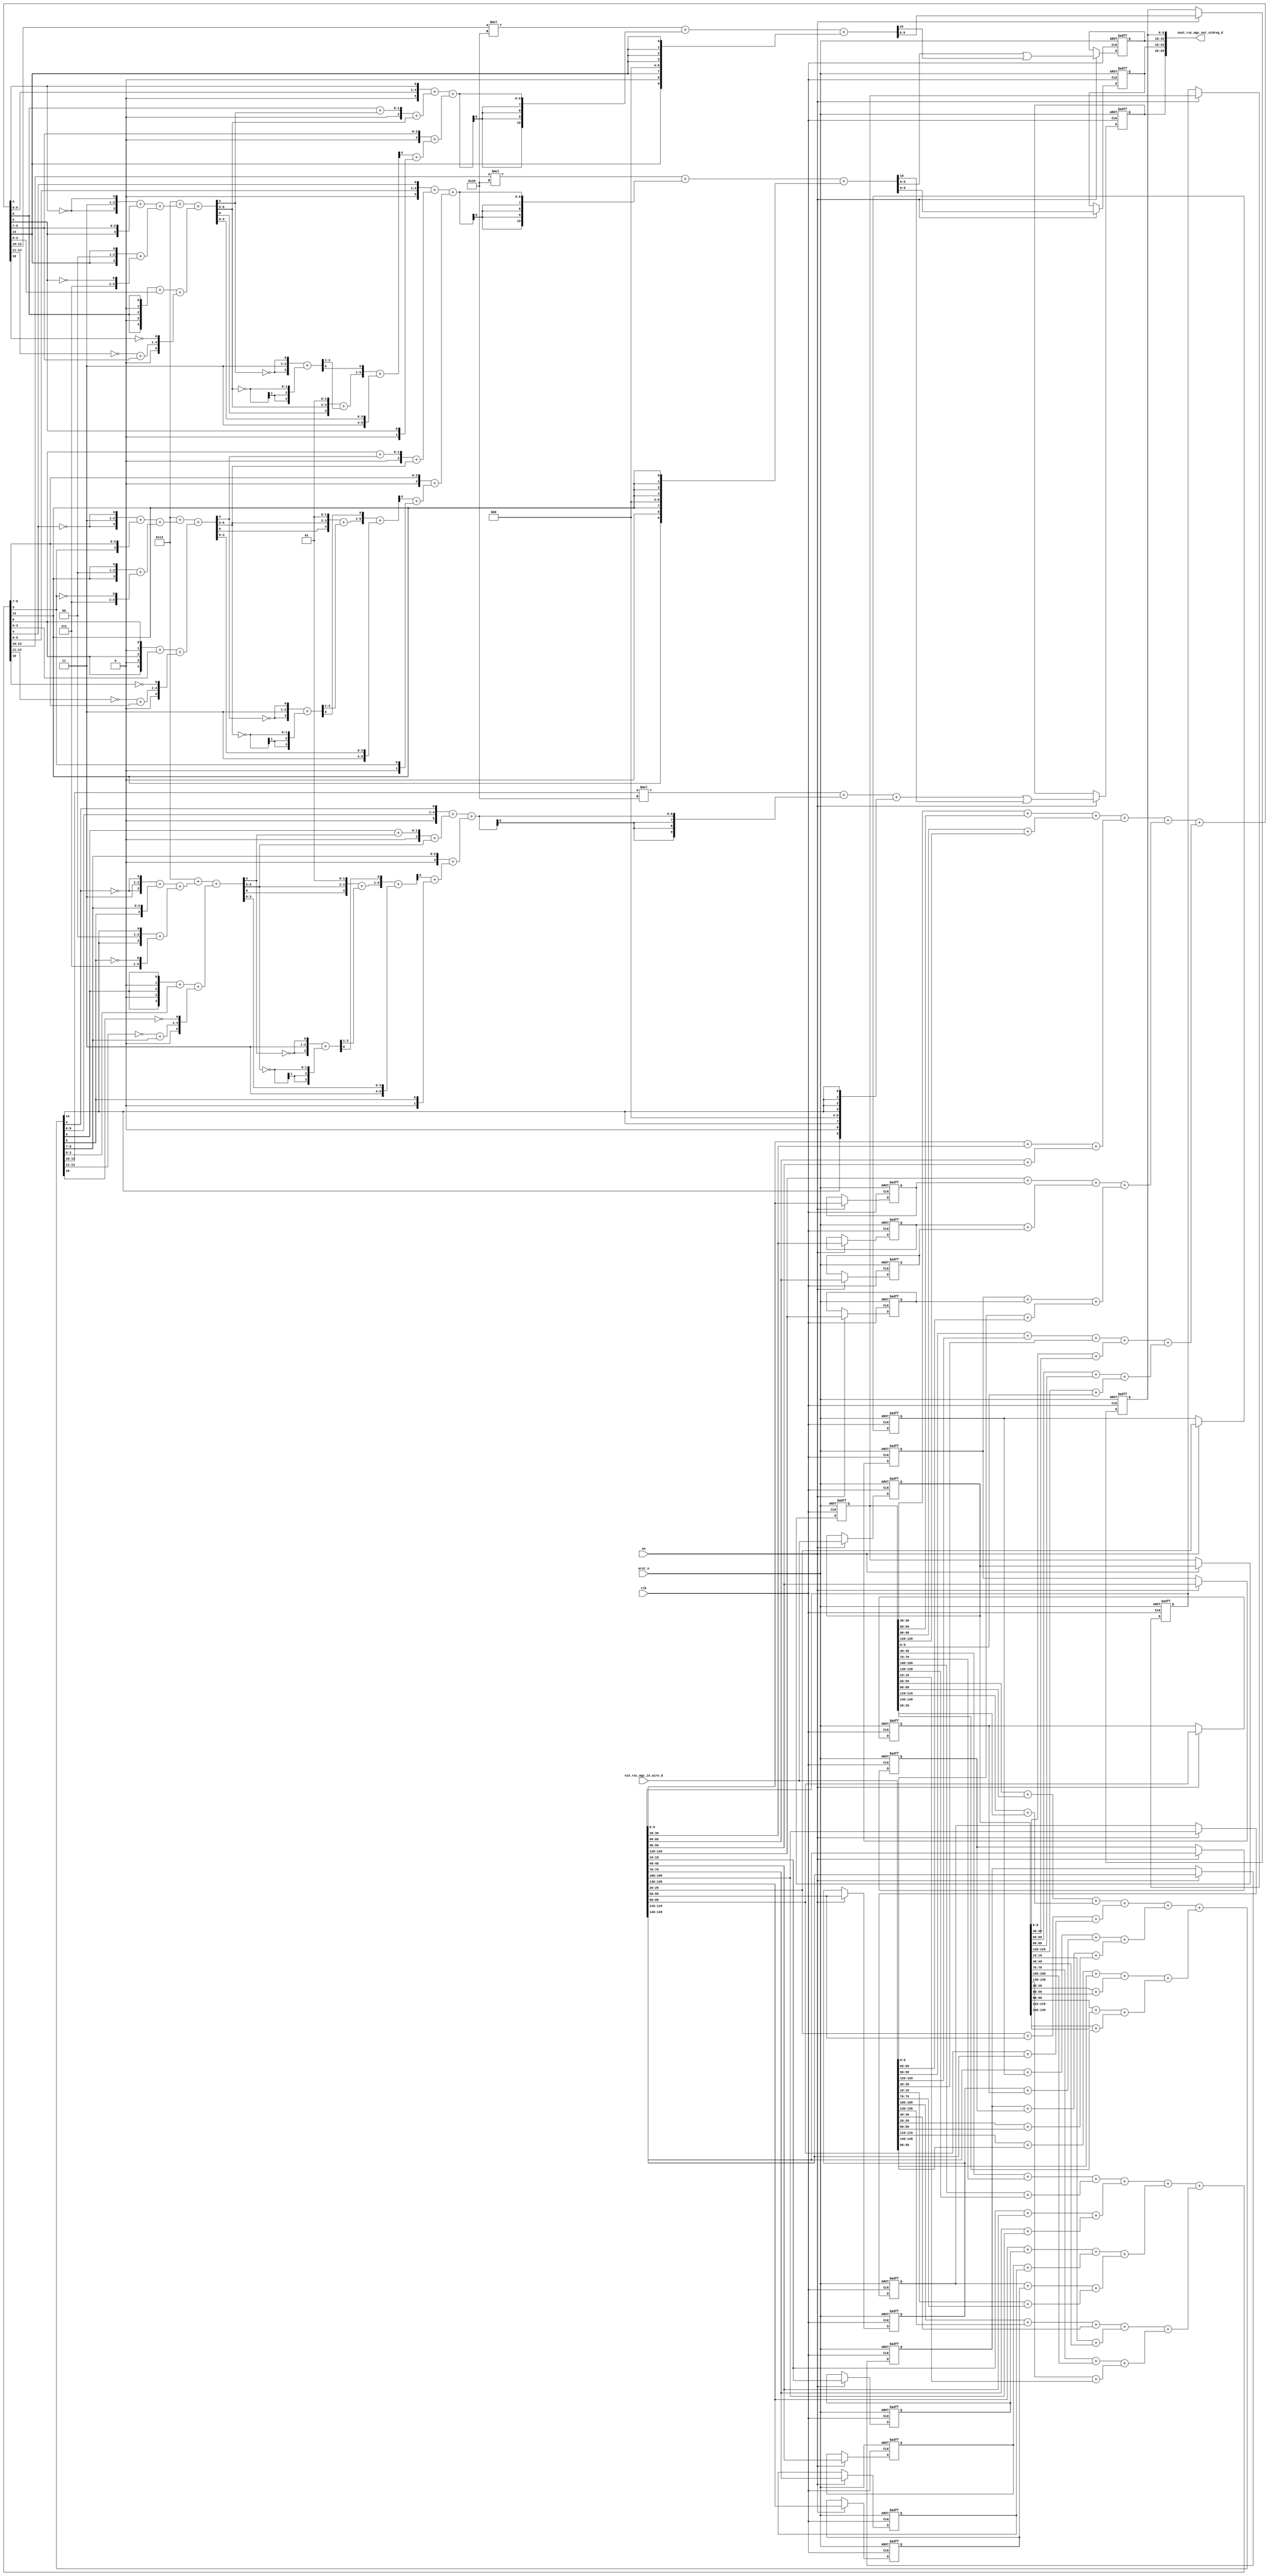
module mean_vga_core (
  clk, en, arst_n, vin_rsc_mgc_in_wire_d, vout_rsc_mgc_out_stdreg_d
);
  input clk;
  input en;
  input arst_n;
  input [149:0] vin_rsc_mgc_in_wire_d;
  output [29:0] vout_rsc_mgc_out_stdreg_d;


  // Interconnect Declarations
  reg [9:0] regs_regs_slc_regs_regs_4_itm;
  reg [9:0] regs_regs_slc_regs_regs_4_1_itm;
  reg [9:0] regs_regs_slc_regs_regs_4_2_itm;
  reg [9:0] regs_regs_slc_regs_regs_4_3_itm;
  reg [9:0] regs_regs_slc_regs_regs_4_4_itm;
  reg [9:0] regs_regs_slc_regs_regs_4_5_itm;
  reg [9:0] regs_regs_slc_regs_regs_4_6_itm;
  reg [9:0] regs_regs_slc_regs_regs_4_7_itm;
  reg [9:0] regs_regs_slc_regs_regs_4_8_itm;
  reg [9:0] regs_regs_slc_regs_regs_4_9_itm;
  reg [9:0] regs_regs_slc_regs_regs_4_10_itm;
  reg [9:0] regs_regs_slc_regs_regs_4_11_itm;
  reg [9:0] regs_regs_slc_regs_regs_4_12_itm;
  reg [9:0] regs_regs_slc_regs_regs_4_13_itm;
  reg [9:0] regs_regs_slc_regs_regs_4_14_itm;
  reg [149:0] reg_regs_regs_3_sva_1_cse;
  reg [149:0] reg_regs_regs_0_sva_cse;
  reg [149:0] reg_regs_regs_2_sva_1_cse;
  reg [9:0] reg_vout_rsc_mgc_out_stdreg_d_tmp;
  wire [11:0] nl_reg_vout_rsc_mgc_out_stdreg_d_tmp;
  reg [3:0] reg_vout_rsc_mgc_out_stdreg_d_tmp_1;
  reg [5:0] reg_vout_rsc_mgc_out_stdreg_d_tmp_2;
  reg [9:0] reg_vout_rsc_mgc_out_stdreg_d_tmp_3;
  wire [14:0] ACC2_5_acc_1_psp_sva;
  wire [15:0] nl_ACC2_5_acc_1_psp_sva;
  wire [6:0] acc_imod_sva;
  wire [8:0] nl_acc_imod_sva;
  wire [3:0] FRAME_acc_53_sdt;
  wire [4:0] nl_FRAME_acc_53_sdt;
  wire [10:0] FRAME_acc_3_psp_1_sva;
  wire [12:0] nl_FRAME_acc_3_psp_1_sva;
  wire [10:0] FRAME_acc_4_psp_1_sva;
  wire [12:0] nl_FRAME_acc_4_psp_1_sva;
  wire [14:0] ACC2_5_acc_3_psp_sva;
  wire [15:0] nl_ACC2_5_acc_3_psp_sva;
  wire [6:0] acc_imod_4_sva;
  wire [8:0] nl_acc_imod_4_sva;
  wire [3:0] FRAME_acc_44_sdt;
  wire [4:0] nl_FRAME_acc_44_sdt;
  wire [14:0] ACC2_5_acc_2_psp_sva;
  wire [15:0] nl_ACC2_5_acc_2_psp_sva;
  wire [6:0] acc_imod_2_sva;
  wire [8:0] nl_acc_imod_2_sva;
  wire [3:0] FRAME_acc_28_sdt;
  wire [4:0] nl_FRAME_acc_28_sdt;


  // Interconnect Declarations for Component Instantiations 
  assign vout_rsc_mgc_out_stdreg_d = {reg_vout_rsc_mgc_out_stdreg_d_tmp , reg_vout_rsc_mgc_out_stdreg_d_tmp_1
      , reg_vout_rsc_mgc_out_stdreg_d_tmp_2 , reg_vout_rsc_mgc_out_stdreg_d_tmp_3};
  assign nl_ACC2_5_acc_1_psp_sva = conv_u2u_14_15(conv_u2u_13_14(conv_u2u_12_13(conv_u2u_11_12(conv_u2u_10_11(reg_regs_regs_2_sva_1_cse[59:50])
      + conv_u2u_10_11(reg_regs_regs_2_sva_1_cse[89:80])) + conv_u2u_11_12(conv_u2u_10_11(reg_regs_regs_2_sva_1_cse[119:110])
      + conv_u2u_10_11(reg_regs_regs_2_sva_1_cse[149:140]))) + conv_u2u_12_13(conv_u2u_11_12(conv_u2u_10_11(reg_regs_regs_3_sva_1_cse[29:20])
      + conv_u2u_10_11(reg_regs_regs_3_sva_1_cse[59:50])) + conv_u2u_11_12(conv_u2u_10_11(reg_regs_regs_3_sva_1_cse[89:80])
      + conv_u2u_10_11(reg_regs_regs_3_sva_1_cse[119:110])))) + conv_u2u_13_14(conv_u2u_12_13(conv_u2u_11_12(conv_u2u_10_11(reg_regs_regs_3_sva_1_cse[149:140])
      + conv_u2u_10_11(regs_regs_slc_regs_regs_4_itm)) + conv_u2u_11_12(conv_u2u_10_11(regs_regs_slc_regs_regs_4_1_itm)
      + conv_u2u_10_11(regs_regs_slc_regs_regs_4_2_itm))) + conv_u2u_12_13(conv_u2u_11_12(conv_u2u_10_11(regs_regs_slc_regs_regs_4_3_itm)
      + conv_u2u_10_11(regs_regs_slc_regs_regs_4_4_itm)) + conv_u2u_11_12(conv_u2u_10_11(vin_rsc_mgc_in_wire_d[29:20])
      + conv_u2u_10_11(vin_rsc_mgc_in_wire_d[89:80]))))) + conv_u2u_14_15(conv_u2u_13_14(conv_u2u_12_13(conv_u2u_11_12(conv_u2u_10_11(vin_rsc_mgc_in_wire_d[119:110])
      + conv_u2u_10_11(vin_rsc_mgc_in_wire_d[149:140])) + conv_u2u_10_12(vin_rsc_mgc_in_wire_d[59:50]))
      + conv_u2u_11_13(conv_u2u_10_11(reg_regs_regs_0_sva_cse[29:20]) + conv_u2u_10_11(reg_regs_regs_0_sva_cse[59:50])))
      + conv_u2u_12_14(conv_u2u_11_12(conv_u2u_10_11(reg_regs_regs_0_sva_cse[89:80])
      + conv_u2u_10_11(reg_regs_regs_0_sva_cse[119:110])) + conv_u2u_11_12(conv_u2u_10_11(reg_regs_regs_0_sva_cse[149:140])
      + conv_u2u_10_11(reg_regs_regs_2_sva_1_cse[29:20]))));
  assign ACC2_5_acc_1_psp_sva = nl_ACC2_5_acc_1_psp_sva[14:0];
  assign nl_acc_imod_sva = conv_s2s_6_7(6'b10011 + (conv_u2u_5_6(conv_u2u_4_5({(~
      (ACC2_5_acc_1_psp_sva[4])) , 2'b11 , (~ (ACC2_5_acc_1_psp_sva[4]))}) + conv_u2u_4_5({(ACC2_5_acc_1_psp_sva[5])
      , (ACC2_5_acc_1_psp_sva[9:7])})) + conv_u2u_5_6(conv_u2u_4_5({(ACC2_5_acc_1_psp_sva[14])
      , 2'b0 , (ACC2_5_acc_1_psp_sva[14])}) + conv_u2u_4_5({3'b111 , (~ (ACC2_5_acc_1_psp_sva[5]))}))))
      + (conv_s2s_5_7(({(ACC2_5_acc_1_psp_sva[6]) , 1'b0 , (ACC2_5_acc_1_psp_sva[6])
      , 1'b0 , (ACC2_5_acc_1_psp_sva[6])}) + conv_u2s_4_5(ACC2_5_acc_1_psp_sva[3:0]))
      + conv_u2s_5_7({(conv_u2u_3_4(~ (ACC2_5_acc_1_psp_sva[13:11])) + conv_u2u_3_4(ACC2_5_acc_1_psp_sva[9:7]))
      , (~ (ACC2_5_acc_1_psp_sva[10]))}));
  assign acc_imod_sva = nl_acc_imod_sva[6:0];
  assign nl_FRAME_acc_53_sdt = ({(~ (acc_imod_sva[4])) , 2'b11 , (~ (acc_imod_sva[4]))})
      + conv_s2u_2_4(~ (acc_imod_sva[6:5]));
  assign FRAME_acc_53_sdt = nl_FRAME_acc_53_sdt[3:0];
  assign nl_FRAME_acc_3_psp_1_sva = (conv_u2s_10_12(conv_u2s_20_11(conv_u2u_4_10(ACC2_5_acc_2_psp_sva[13:10])
      * 10'b101001)) + conv_s2s_7_11((conv_u2s_5_7({(ACC2_5_acc_2_psp_sva[9:6]) ,
      (ACC2_5_acc_2_psp_sva[4])}) + conv_s2s_3_7(conv_u2s_2_3(conv_u2u_1_2(ACC2_5_acc_2_psp_sva[6])
      + conv_u2u_1_2(acc_imod_2_sva[4])) + conv_s2s_2_3(acc_imod_2_sva[6:5]))) +
      conv_s2s_5_7(conv_u2s_3_5(ACC2_5_acc_2_psp_sva[9:7]) + conv_s2s_2_5(conv_s2s_1_2(readslicef_6_1_5((({(conv_s2u_4_5({(acc_imod_2_sva[6:5])
      , 2'b1}) + conv_u2u_3_5(FRAME_acc_28_sdt[3:1])) , (FRAME_acc_28_sdt[0])}) +
      conv_s2s_5_6({1'b1 , (acc_imod_2_sva[3:0])})))) + conv_u2s_1_2(ACC2_5_acc_2_psp_sva[5])))))
      + conv_u2u_10_11({(ACC2_5_acc_2_psp_sva[14]) , 1'b0 , (ACC2_5_acc_2_psp_sva[14])
      , 3'b0 , (signext_4_1(ACC2_5_acc_2_psp_sva[14]))});
  assign FRAME_acc_3_psp_1_sva = nl_FRAME_acc_3_psp_1_sva[10:0];
  assign nl_FRAME_acc_4_psp_1_sva = (conv_u2s_10_12(conv_u2s_20_11(conv_u2u_4_10(ACC2_5_acc_3_psp_sva[13:10])
      * 10'b101001)) + conv_s2s_7_11((conv_u2s_5_7({(ACC2_5_acc_3_psp_sva[9:6]) ,
      (ACC2_5_acc_3_psp_sva[4])}) + conv_s2s_3_7(conv_u2s_2_3(conv_u2u_1_2(ACC2_5_acc_3_psp_sva[6])
      + conv_u2u_1_2(acc_imod_4_sva[4])) + conv_s2s_2_3(acc_imod_4_sva[6:5]))) +
      conv_s2s_5_7(conv_u2s_3_5(ACC2_5_acc_3_psp_sva[9:7]) + conv_s2s_2_5(conv_s2s_1_2(readslicef_6_1_5((({(conv_s2u_4_5({(acc_imod_4_sva[6:5])
      , 2'b1}) + conv_u2u_3_5(FRAME_acc_44_sdt[3:1])) , (FRAME_acc_44_sdt[0])}) +
      conv_s2s_5_6({1'b1 , (acc_imod_4_sva[3:0])})))) + conv_u2s_1_2(ACC2_5_acc_3_psp_sva[5])))))
      + conv_u2u_10_11({(ACC2_5_acc_3_psp_sva[14]) , 1'b0 , (ACC2_5_acc_3_psp_sva[14])
      , 3'b0 , (signext_4_1(ACC2_5_acc_3_psp_sva[14]))});
  assign FRAME_acc_4_psp_1_sva = nl_FRAME_acc_4_psp_1_sva[10:0];
  assign nl_ACC2_5_acc_3_psp_sva = conv_u2u_14_15(conv_u2u_13_14(conv_u2u_12_13(conv_u2u_11_12(conv_u2u_10_11(reg_regs_regs_2_sva_1_cse[39:30])
      + conv_u2u_10_11(reg_regs_regs_2_sva_1_cse[69:60])) + conv_u2u_11_12(conv_u2u_10_11(reg_regs_regs_2_sva_1_cse[99:90])
      + conv_u2u_10_11(reg_regs_regs_2_sva_1_cse[129:120]))) + conv_u2u_12_13(conv_u2u_11_12(conv_u2u_10_11(reg_regs_regs_3_sva_1_cse[9:0])
      + conv_u2u_10_11(reg_regs_regs_3_sva_1_cse[39:30])) + conv_u2u_11_12(conv_u2u_10_11(reg_regs_regs_3_sva_1_cse[69:60])
      + conv_u2u_10_11(reg_regs_regs_3_sva_1_cse[99:90])))) + conv_u2u_13_14(conv_u2u_12_13(conv_u2u_11_12(conv_u2u_10_11(reg_regs_regs_3_sva_1_cse[129:120])
      + conv_u2u_10_11(regs_regs_slc_regs_regs_4_10_itm)) + conv_u2u_11_12(conv_u2u_10_11(regs_regs_slc_regs_regs_4_11_itm)
      + conv_u2u_10_11(regs_regs_slc_regs_regs_4_12_itm))) + conv_u2u_12_13(conv_u2u_11_12(conv_u2u_10_11(regs_regs_slc_regs_regs_4_13_itm)
      + conv_u2u_10_11(regs_regs_slc_regs_regs_4_14_itm)) + conv_u2u_11_12(conv_u2u_10_11(vin_rsc_mgc_in_wire_d[9:0])
      + conv_u2u_10_11(vin_rsc_mgc_in_wire_d[69:60]))))) + conv_u2u_14_15(conv_u2u_13_14(conv_u2u_12_13(conv_u2u_11_12(conv_u2u_10_11(vin_rsc_mgc_in_wire_d[99:90])
      + conv_u2u_10_11(vin_rsc_mgc_in_wire_d[129:120])) + conv_u2u_10_12(vin_rsc_mgc_in_wire_d[39:30]))
      + conv_u2u_11_13(conv_u2u_10_11(reg_regs_regs_0_sva_cse[9:0]) + conv_u2u_10_11(reg_regs_regs_0_sva_cse[39:30])))
      + conv_u2u_12_14(conv_u2u_11_12(conv_u2u_10_11(reg_regs_regs_0_sva_cse[69:60])
      + conv_u2u_10_11(reg_regs_regs_0_sva_cse[99:90])) + conv_u2u_11_12(conv_u2u_10_11(reg_regs_regs_0_sva_cse[129:120])
      + conv_u2u_10_11(reg_regs_regs_2_sva_1_cse[9:0]))));
  assign ACC2_5_acc_3_psp_sva = nl_ACC2_5_acc_3_psp_sva[14:0];
  assign nl_acc_imod_4_sva = conv_s2s_6_7(6'b10011 + (conv_u2u_5_6(conv_u2u_4_5({(~
      (ACC2_5_acc_3_psp_sva[4])) , 2'b11 , (~ (ACC2_5_acc_3_psp_sva[4]))}) + conv_u2u_4_5({(ACC2_5_acc_3_psp_sva[5])
      , (ACC2_5_acc_3_psp_sva[9:7])})) + conv_u2u_5_6(conv_u2u_4_5({(ACC2_5_acc_3_psp_sva[14])
      , 2'b0 , (ACC2_5_acc_3_psp_sva[14])}) + conv_u2u_4_5({3'b111 , (~ (ACC2_5_acc_3_psp_sva[5]))}))))
      + (conv_s2s_5_7(({(ACC2_5_acc_3_psp_sva[6]) , 1'b0 , (ACC2_5_acc_3_psp_sva[6])
      , 1'b0 , (ACC2_5_acc_3_psp_sva[6])}) + conv_u2s_4_5(ACC2_5_acc_3_psp_sva[3:0]))
      + conv_u2s_5_7({(conv_u2u_3_4(~ (ACC2_5_acc_3_psp_sva[13:11])) + conv_u2u_3_4(ACC2_5_acc_3_psp_sva[9:7]))
      , (~ (ACC2_5_acc_3_psp_sva[10]))}));
  assign acc_imod_4_sva = nl_acc_imod_4_sva[6:0];
  assign nl_FRAME_acc_44_sdt = ({(~ (acc_imod_4_sva[4])) , 2'b11 , (~ (acc_imod_4_sva[4]))})
      + conv_s2u_2_4(~ (acc_imod_4_sva[6:5]));
  assign FRAME_acc_44_sdt = nl_FRAME_acc_44_sdt[3:0];
  assign nl_ACC2_5_acc_2_psp_sva = conv_u2u_14_15(conv_u2u_13_14(conv_u2u_12_13(conv_u2u_11_12(conv_u2u_10_11(reg_regs_regs_2_sva_1_cse[49:40])
      + conv_u2u_10_11(reg_regs_regs_2_sva_1_cse[79:70])) + conv_u2u_11_12(conv_u2u_10_11(reg_regs_regs_2_sva_1_cse[109:100])
      + conv_u2u_10_11(reg_regs_regs_2_sva_1_cse[139:130]))) + conv_u2u_12_13(conv_u2u_11_12(conv_u2u_10_11(reg_regs_regs_3_sva_1_cse[19:10])
      + conv_u2u_10_11(reg_regs_regs_3_sva_1_cse[49:40])) + conv_u2u_11_12(conv_u2u_10_11(reg_regs_regs_3_sva_1_cse[79:70])
      + conv_u2u_10_11(reg_regs_regs_3_sva_1_cse[109:100])))) + conv_u2u_13_14(conv_u2u_12_13(conv_u2u_11_12(conv_u2u_10_11(reg_regs_regs_3_sva_1_cse[139:130])
      + conv_u2u_10_11(regs_regs_slc_regs_regs_4_5_itm)) + conv_u2u_11_12(conv_u2u_10_11(regs_regs_slc_regs_regs_4_6_itm)
      + conv_u2u_10_11(regs_regs_slc_regs_regs_4_7_itm))) + conv_u2u_12_13(conv_u2u_11_12(conv_u2u_10_11(regs_regs_slc_regs_regs_4_8_itm)
      + conv_u2u_10_11(regs_regs_slc_regs_regs_4_9_itm)) + conv_u2u_11_12(conv_u2u_10_11(vin_rsc_mgc_in_wire_d[19:10])
      + conv_u2u_10_11(vin_rsc_mgc_in_wire_d[79:70]))))) + conv_u2u_14_15(conv_u2u_13_14(conv_u2u_12_13(conv_u2u_11_12(conv_u2u_10_11(vin_rsc_mgc_in_wire_d[109:100])
      + conv_u2u_10_11(vin_rsc_mgc_in_wire_d[139:130])) + conv_u2u_10_12(vin_rsc_mgc_in_wire_d[49:40]))
      + conv_u2u_11_13(conv_u2u_10_11(reg_regs_regs_0_sva_cse[19:10]) + conv_u2u_10_11(reg_regs_regs_0_sva_cse[49:40])))
      + conv_u2u_12_14(conv_u2u_11_12(conv_u2u_10_11(reg_regs_regs_0_sva_cse[79:70])
      + conv_u2u_10_11(reg_regs_regs_0_sva_cse[109:100])) + conv_u2u_11_12(conv_u2u_10_11(reg_regs_regs_0_sva_cse[139:130])
      + conv_u2u_10_11(reg_regs_regs_2_sva_1_cse[19:10]))));
  assign ACC2_5_acc_2_psp_sva = nl_ACC2_5_acc_2_psp_sva[14:0];
  assign nl_acc_imod_2_sva = conv_s2s_6_7(6'b10011 + (conv_u2u_5_6(conv_u2u_4_5({(~
      (ACC2_5_acc_2_psp_sva[4])) , 2'b11 , (~ (ACC2_5_acc_2_psp_sva[4]))}) + conv_u2u_4_5({(ACC2_5_acc_2_psp_sva[5])
      , (ACC2_5_acc_2_psp_sva[9:7])})) + conv_u2u_5_6(conv_u2u_4_5({(ACC2_5_acc_2_psp_sva[14])
      , 2'b0 , (ACC2_5_acc_2_psp_sva[14])}) + conv_u2u_4_5({3'b111 , (~ (ACC2_5_acc_2_psp_sva[5]))}))))
      + (conv_s2s_5_7(({(ACC2_5_acc_2_psp_sva[6]) , 1'b0 , (ACC2_5_acc_2_psp_sva[6])
      , 1'b0 , (ACC2_5_acc_2_psp_sva[6])}) + conv_u2s_4_5(ACC2_5_acc_2_psp_sva[3:0]))
      + conv_u2s_5_7({(conv_u2u_3_4(~ (ACC2_5_acc_2_psp_sva[13:11])) + conv_u2u_3_4(ACC2_5_acc_2_psp_sva[9:7]))
      , (~ (ACC2_5_acc_2_psp_sva[10]))}));
  assign acc_imod_2_sva = nl_acc_imod_2_sva[6:0];
  assign nl_FRAME_acc_28_sdt = ({(~ (acc_imod_2_sva[4])) , 2'b11 , (~ (acc_imod_2_sva[4]))})
      + conv_s2u_2_4(~ (acc_imod_2_sva[6:5]));
  assign FRAME_acc_28_sdt = nl_FRAME_acc_28_sdt[3:0];
  always @(posedge clk or negedge arst_n) begin
    if ( ~ arst_n ) begin
      reg_regs_regs_2_sva_1_cse <= 150'b0;
      reg_regs_regs_3_sva_1_cse <= 150'b0;
      regs_regs_slc_regs_regs_4_10_itm <= 10'b0;
      regs_regs_slc_regs_regs_4_11_itm <= 10'b0;
      regs_regs_slc_regs_regs_4_12_itm <= 10'b0;
      regs_regs_slc_regs_regs_4_13_itm <= 10'b0;
      regs_regs_slc_regs_regs_4_14_itm <= 10'b0;
      reg_regs_regs_0_sva_cse <= 150'b0;
      regs_regs_slc_regs_regs_4_5_itm <= 10'b0;
      regs_regs_slc_regs_regs_4_6_itm <= 10'b0;
      regs_regs_slc_regs_regs_4_7_itm <= 10'b0;
      regs_regs_slc_regs_regs_4_8_itm <= 10'b0;
      regs_regs_slc_regs_regs_4_9_itm <= 10'b0;
      regs_regs_slc_regs_regs_4_itm <= 10'b0;
      regs_regs_slc_regs_regs_4_1_itm <= 10'b0;
      regs_regs_slc_regs_regs_4_2_itm <= 10'b0;
      regs_regs_slc_regs_regs_4_3_itm <= 10'b0;
      regs_regs_slc_regs_regs_4_4_itm <= 10'b0;
      reg_vout_rsc_mgc_out_stdreg_d_tmp <= 10'b0;
      reg_vout_rsc_mgc_out_stdreg_d_tmp_1 <= 4'b0;
      reg_vout_rsc_mgc_out_stdreg_d_tmp_2 <= 6'b0;
      reg_vout_rsc_mgc_out_stdreg_d_tmp_3 <= 10'b0;
    end
    else begin
      if ( en ) begin
        reg_regs_regs_2_sva_1_cse <= reg_regs_regs_0_sva_cse;
        reg_regs_regs_3_sva_1_cse <= reg_regs_regs_2_sva_1_cse;
        regs_regs_slc_regs_regs_4_10_itm <= reg_regs_regs_3_sva_1_cse[9:0];
        regs_regs_slc_regs_regs_4_11_itm <= reg_regs_regs_3_sva_1_cse[39:30];
        regs_regs_slc_regs_regs_4_12_itm <= reg_regs_regs_3_sva_1_cse[69:60];
        regs_regs_slc_regs_regs_4_13_itm <= reg_regs_regs_3_sva_1_cse[99:90];
        regs_regs_slc_regs_regs_4_14_itm <= reg_regs_regs_3_sva_1_cse[129:120];
        reg_regs_regs_0_sva_cse <= vin_rsc_mgc_in_wire_d;
        regs_regs_slc_regs_regs_4_5_itm <= reg_regs_regs_3_sva_1_cse[19:10];
        regs_regs_slc_regs_regs_4_6_itm <= reg_regs_regs_3_sva_1_cse[49:40];
        regs_regs_slc_regs_regs_4_7_itm <= reg_regs_regs_3_sva_1_cse[79:70];
        regs_regs_slc_regs_regs_4_8_itm <= reg_regs_regs_3_sva_1_cse[109:100];
        regs_regs_slc_regs_regs_4_9_itm <= reg_regs_regs_3_sva_1_cse[139:130];
        regs_regs_slc_regs_regs_4_itm <= reg_regs_regs_3_sva_1_cse[29:20];
        regs_regs_slc_regs_regs_4_1_itm <= reg_regs_regs_3_sva_1_cse[59:50];
        regs_regs_slc_regs_regs_4_2_itm <= reg_regs_regs_3_sva_1_cse[89:80];
        regs_regs_slc_regs_regs_4_3_itm <= reg_regs_regs_3_sva_1_cse[119:110];
        regs_regs_slc_regs_regs_4_4_itm <= reg_regs_regs_3_sva_1_cse[149:140];
        reg_vout_rsc_mgc_out_stdreg_d_tmp <= ((conv_u2s_20_10(conv_u2u_4_10(ACC2_5_acc_1_psp_sva[13:10])
            * 10'b101001) + conv_s2s_7_10((conv_u2s_5_7({(ACC2_5_acc_1_psp_sva[9:6])
            , (ACC2_5_acc_1_psp_sva[4])}) + conv_s2s_3_7(conv_u2s_2_3(conv_u2u_1_2(ACC2_5_acc_1_psp_sva[6])
            + conv_u2u_1_2(acc_imod_sva[4])) + conv_s2s_2_3(acc_imod_sva[6:5])))
            + conv_s2s_5_7(conv_u2s_3_5(ACC2_5_acc_1_psp_sva[9:7]) + conv_s2s_2_5(conv_s2s_1_2(readslicef_6_1_5((({(conv_s2u_4_5({(acc_imod_sva[6:5])
            , 2'b1}) + conv_u2u_3_5(FRAME_acc_53_sdt[3:1])) , (FRAME_acc_53_sdt[0])})
            + conv_s2s_5_6({1'b1 , (acc_imod_sva[3:0])})))) + conv_u2s_1_2(ACC2_5_acc_1_psp_sva[5])))))
            + ({(ACC2_5_acc_1_psp_sva[14]) , 1'b0 , (ACC2_5_acc_1_psp_sva[14]) ,
            3'b0 , (signext_4_1(ACC2_5_acc_1_psp_sva[14]))})) | ({9'b0 , (FRAME_acc_3_psp_1_sva[10])});
        reg_vout_rsc_mgc_out_stdreg_d_tmp_1 <= FRAME_acc_3_psp_1_sva[9:6];
        reg_vout_rsc_mgc_out_stdreg_d_tmp_2 <= (FRAME_acc_3_psp_1_sva[5:0]) | ({5'b0
            , (FRAME_acc_4_psp_1_sva[10])});
        reg_vout_rsc_mgc_out_stdreg_d_tmp_3 <= FRAME_acc_4_psp_1_sva[9:0];
      end
    end
  end

  function [0:0] readslicef_6_1_5;
    input [5:0] vector;
    reg [5:0] tmp;
  begin
    tmp = vector >> 5;
    readslicef_6_1_5 = tmp[0:0];
  end
  endfunction


  function [3:0] signext_4_1;
    input [0:0] vector;
  begin
    signext_4_1= {{3{vector[0]}}, vector};
  end
  endfunction


  function  [14:0] conv_u2u_14_15 ;
    input [13:0]  vector ;
  begin
    conv_u2u_14_15 = {1'b0, vector};
  end
  endfunction


  function  [13:0] conv_u2u_13_14 ;
    input [12:0]  vector ;
  begin
    conv_u2u_13_14 = {1'b0, vector};
  end
  endfunction


  function  [12:0] conv_u2u_12_13 ;
    input [11:0]  vector ;
  begin
    conv_u2u_12_13 = {1'b0, vector};
  end
  endfunction


  function  [11:0] conv_u2u_11_12 ;
    input [10:0]  vector ;
  begin
    conv_u2u_11_12 = {1'b0, vector};
  end
  endfunction


  function  [10:0] conv_u2u_10_11 ;
    input [9:0]  vector ;
  begin
    conv_u2u_10_11 = {1'b0, vector};
  end
  endfunction


  function  [11:0] conv_u2u_10_12 ;
    input [9:0]  vector ;
  begin
    conv_u2u_10_12 = {{2{1'b0}}, vector};
  end
  endfunction


  function  [12:0] conv_u2u_11_13 ;
    input [10:0]  vector ;
  begin
    conv_u2u_11_13 = {{2{1'b0}}, vector};
  end
  endfunction


  function  [13:0] conv_u2u_12_14 ;
    input [11:0]  vector ;
  begin
    conv_u2u_12_14 = {{2{1'b0}}, vector};
  end
  endfunction


  function signed [6:0] conv_s2s_6_7 ;
    input signed [5:0]  vector ;
  begin
    conv_s2s_6_7 = {vector[5], vector};
  end
  endfunction


  function  [5:0] conv_u2u_5_6 ;
    input [4:0]  vector ;
  begin
    conv_u2u_5_6 = {1'b0, vector};
  end
  endfunction


  function  [4:0] conv_u2u_4_5 ;
    input [3:0]  vector ;
  begin
    conv_u2u_4_5 = {1'b0, vector};
  end
  endfunction


  function signed [6:0] conv_s2s_5_7 ;
    input signed [4:0]  vector ;
  begin
    conv_s2s_5_7 = {{2{vector[4]}}, vector};
  end
  endfunction


  function signed [4:0] conv_u2s_4_5 ;
    input [3:0]  vector ;
  begin
    conv_u2s_4_5 = {1'b0, vector};
  end
  endfunction


  function signed [6:0] conv_u2s_5_7 ;
    input [4:0]  vector ;
  begin
    conv_u2s_5_7 = {{2{1'b0}}, vector};
  end
  endfunction


  function  [3:0] conv_u2u_3_4 ;
    input [2:0]  vector ;
  begin
    conv_u2u_3_4 = {1'b0, vector};
  end
  endfunction


  function  [3:0] conv_s2u_2_4 ;
    input signed [1:0]  vector ;
  begin
    conv_s2u_2_4 = {{2{vector[1]}}, vector};
  end
  endfunction


  function signed [11:0] conv_u2s_10_12 ;
    input [9:0]  vector ;
  begin
    conv_u2s_10_12 = {{2{1'b0}}, vector};
  end
  endfunction


  function signed [10:0] conv_u2s_20_11 ;
    input [19:0]  vector ;
  begin
    conv_u2s_20_11 = vector[10:0];
  end
  endfunction


  function  [9:0] conv_u2u_4_10 ;
    input [3:0]  vector ;
  begin
    conv_u2u_4_10 = {{6{1'b0}}, vector};
  end
  endfunction


  function signed [10:0] conv_s2s_7_11 ;
    input signed [6:0]  vector ;
  begin
    conv_s2s_7_11 = {{4{vector[6]}}, vector};
  end
  endfunction


  function signed [6:0] conv_s2s_3_7 ;
    input signed [2:0]  vector ;
  begin
    conv_s2s_3_7 = {{4{vector[2]}}, vector};
  end
  endfunction


  function signed [2:0] conv_u2s_2_3 ;
    input [1:0]  vector ;
  begin
    conv_u2s_2_3 = {1'b0, vector};
  end
  endfunction


  function  [1:0] conv_u2u_1_2 ;
    input [0:0]  vector ;
  begin
    conv_u2u_1_2 = {1'b0, vector};
  end
  endfunction


  function signed [2:0] conv_s2s_2_3 ;
    input signed [1:0]  vector ;
  begin
    conv_s2s_2_3 = {vector[1], vector};
  end
  endfunction


  function signed [4:0] conv_u2s_3_5 ;
    input [2:0]  vector ;
  begin
    conv_u2s_3_5 = {{2{1'b0}}, vector};
  end
  endfunction


  function signed [4:0] conv_s2s_2_5 ;
    input signed [1:0]  vector ;
  begin
    conv_s2s_2_5 = {{3{vector[1]}}, vector};
  end
  endfunction


  function signed [1:0] conv_s2s_1_2 ;
    input signed [0:0]  vector ;
  begin
    conv_s2s_1_2 = {vector[0], vector};
  end
  endfunction


  function  [4:0] conv_s2u_4_5 ;
    input signed [3:0]  vector ;
  begin
    conv_s2u_4_5 = {vector[3], vector};
  end
  endfunction


  function  [4:0] conv_u2u_3_5 ;
    input [2:0]  vector ;
  begin
    conv_u2u_3_5 = {{2{1'b0}}, vector};
  end
  endfunction


  function signed [5:0] conv_s2s_5_6 ;
    input signed [4:0]  vector ;
  begin
    conv_s2s_5_6 = {vector[4], vector};
  end
  endfunction


  function signed [1:0] conv_u2s_1_2 ;
    input [0:0]  vector ;
  begin
    conv_u2s_1_2 = {1'b0, vector};
  end
  endfunction


  function signed [9:0] conv_u2s_20_10 ;
    input [19:0]  vector ;
  begin
    conv_u2s_20_10 = vector[9:0];
  end
  endfunction


  function signed [9:0] conv_s2s_7_10 ;
    input signed [6:0]  vector ;
  begin
    conv_s2s_7_10 = {{3{vector[6]}}, vector};
  end
  endfunction

endmodule
module mean_vga (
  vin_rsc_z, vout_rsc_z, clk, en, arst_n
);
  input [149:0] vin_rsc_z;
  output [29:0] vout_rsc_z;
  input clk;
  input en;
  input arst_n;


  // Interconnect Declarations
  wire [149:0] vin_rsc_mgc_in_wire_d;
  wire [29:0] vout_rsc_mgc_out_stdreg_d;


  // Interconnect Declarations for Component Instantiations 
  mgc_in_wire #(.rscid(1),
  .width(150)) vin_rsc_mgc_in_wire (
      .d(vin_rsc_mgc_in_wire_d),
      .z(vin_rsc_z)
    );
  mgc_out_stdreg #(.rscid(2),
  .width(30)) vout_rsc_mgc_out_stdreg (
      .d(vout_rsc_mgc_out_stdreg_d),
      .z(vout_rsc_z)
    );
  mean_vga_core mean_vga_core_inst (
      .clk(clk),
      .en(en),
      .arst_n(arst_n),
      .vin_rsc_mgc_in_wire_d(vin_rsc_mgc_in_wire_d),
      .vout_rsc_mgc_out_stdreg_d(vout_rsc_mgc_out_stdreg_d)
    );
endmodule